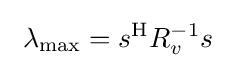
\ \lambda _{\max }=s^{\mathrm {H} }R_{v}^{-1}s